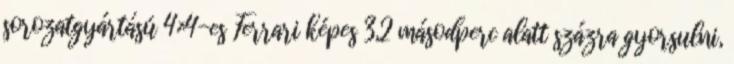
sorozatgyártású 4×4-es Ferrari képes 3,2 másodperc alatt százra gyorsulni,